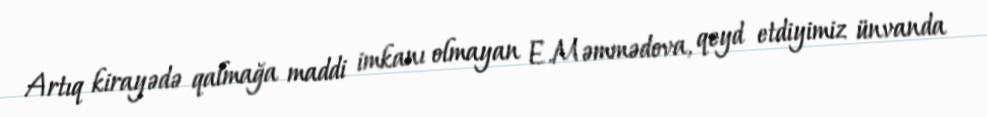
Artıq kirayədə qalmağa maddi imkanı olmayan E.Məmmədova, qeyd etdiyimiz ünvanda